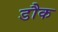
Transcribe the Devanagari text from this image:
डौक